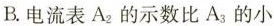
B.电流表A_{2}的示数比A.{3}的小